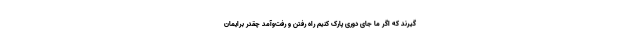
‌گیرند که اگر ما جای دوری پارک کنیم راه رفتن و رفت‌و‌آمد چقدر برایمان